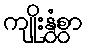
ကျိုးနွံစွာ